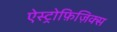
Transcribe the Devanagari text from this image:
ऐस्ट्रोफ़िज़िक्स